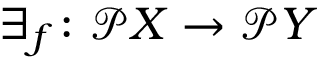
\exists _ { f } \colon { \mathcal { P } } X \to { \mathcal { P } } Y